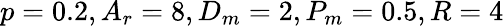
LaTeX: p=0.2,A_{r}=8,D_{m}=2,P_{m}=0.5,R=4